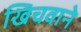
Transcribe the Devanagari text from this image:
खिचवाने